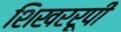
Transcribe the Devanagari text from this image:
शिखररूपी